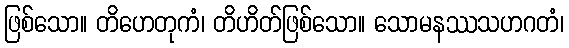
ဖြစ်သော။ တိဟေတုကံ၊ တိဟိတ်ဖြစ်သော။ သောမနဿသဟဂတံ၊